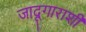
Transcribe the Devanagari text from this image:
जादूगाराशी